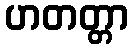
ဟတတ္တာ